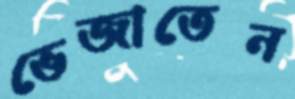
ভেজাতেন